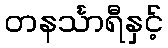
တနင်္သာရီနှင့်